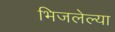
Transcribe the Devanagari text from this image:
भिजलेल्या